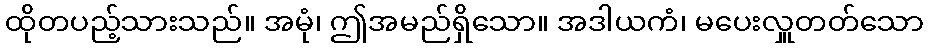
ထိုတပည့်သားသည်။ အမုံ၊ ဤအမည်ရှိသော။ အဒါယကံ၊ မပေးလှူတတ်သော